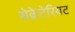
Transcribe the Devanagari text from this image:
सेक्रेटेरियट